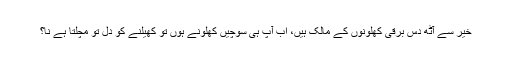
خیر سے آٹھ دس برقی کھلونوں کے مالک ہیں، اب آپ ہی سوچیں کھلونے ہوں تو کھیلنے کو دل تو مچلتا ہے نا؟